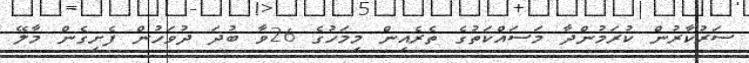
ސަރުކާރުން ކުރަމުންދާ މަސައްކަތުގެ ތެރެއިން މިމަހުގެ 26ވާ ބުދަ ދުވަހުން ފެށިގެން މާލޭ